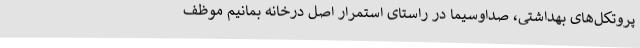
پروتکل‌های بهداشتی، صداوسیما در راستای استمرار اصل درخانه بمانیم موظف